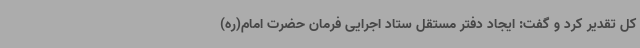
کل تقدیر کرد و گفت: ایجاد دفتر مستقل ستاد اجرایی فرمان حضرت امام(ره)